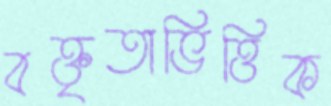
বক্তৃতাভিত্তিক